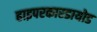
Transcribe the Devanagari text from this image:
हाइपरकारडायोड